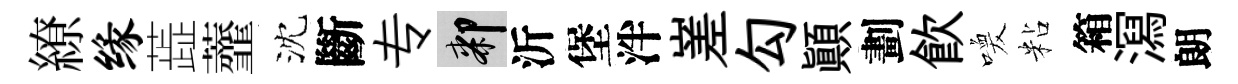
繚缘蕋虀沈斷专膝沂堡泮嵳勾顛劃飲喚粘箱㵼朗